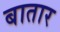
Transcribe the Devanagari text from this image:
बातार